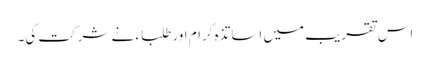
اس تقریب میں اساتذہ کرام اور طلباء نے شرکت کی۔